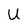
Character: U